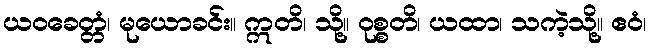
ယဝခေတ္တံ၊ မုယောခင်း။ ဣတိ၊ သို့။ ဝုစ္စတိ၊ ယထာ၊ သကဲ့သို့။ ဧဝံ၊